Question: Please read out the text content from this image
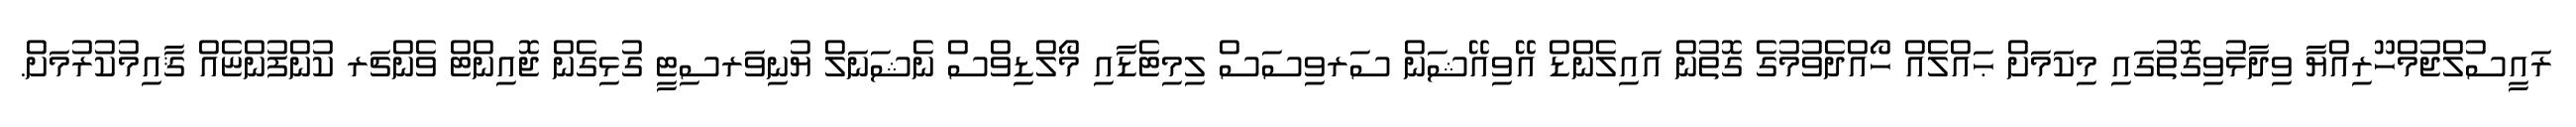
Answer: ރައީސުލްޖުމްހޫރިއްޔާ ވިދާޅުވިގޮތުގައި މިކަމަށް ޙައްލެއް ހޯއްދެވުމުގެ ގޮތުން އައިލެންޑް އޭވިއޭޝަން ސަރވިސަސް ލިމިޓެޑާއި މޯލްޑިވްސް ނެޝަނަލް ޔުނިވަރސިޓީ ގުޅިގެން ޖޮއިންޓް ވެންޗަރ ކުންފުންޏެއް ޤާއިމުކުރުމަށް.